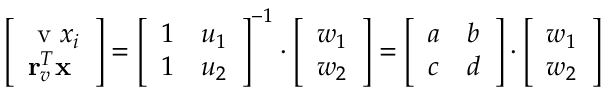
\left[ \begin{array} { l } { \textrm { v } x _ { i } } \\ { \mathbf { r } _ { v } ^ { T } \mathbf { x } } \end{array} \right] = \left[ \begin{array} { l l } { 1 } & { u _ { 1 } } \\ { 1 } & { u _ { 2 } } \end{array} \right] ^ { - 1 } \cdot \left[ \begin{array} { l } { w _ { 1 } } \\ { w _ { 2 } } \end{array} \right] = \left[ \begin{array} { l l } { a } & { b } \\ { c } & { d } \end{array} \right] \cdot \left[ \begin{array} { l } { w _ { 1 } } \\ { w _ { 2 } } \end{array} \right]